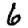
Digit: 6